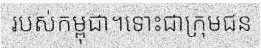
របស់កម្ពុជា។ទោះជាក្រុមជន